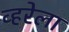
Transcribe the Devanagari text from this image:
व्हरेला